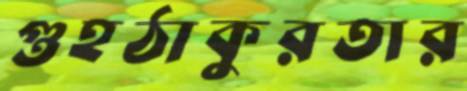
গুহঠাকুরতার